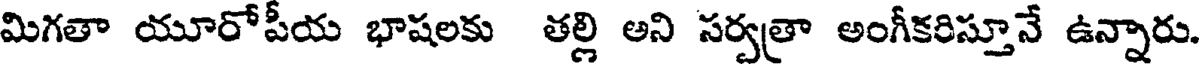
మిగతా యూరోపీయ భాషలకు తల్లి అని సర్వత్రా అంగీకరిస్తూనే ఉన్నారు.